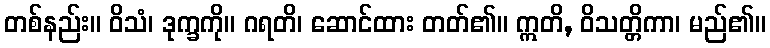
တစ်နည်း။ ဝိသံ၊ ဒုက္ခကို။ ဂရတိ၊ ဆောင်ထား တတ်၏။ ဣတိ, ဝိသတ္တိကာ၊ မည်၏။